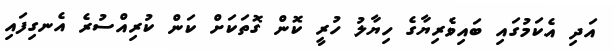
އަދި އެކަމުގައި ބައިވެރިޔާގެ ހިޔާލު ހުރީ ކޮން ގޮތަކަށް ކަން ކުރިއްސުރެ އެނގިފައި